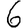
Digit: 6